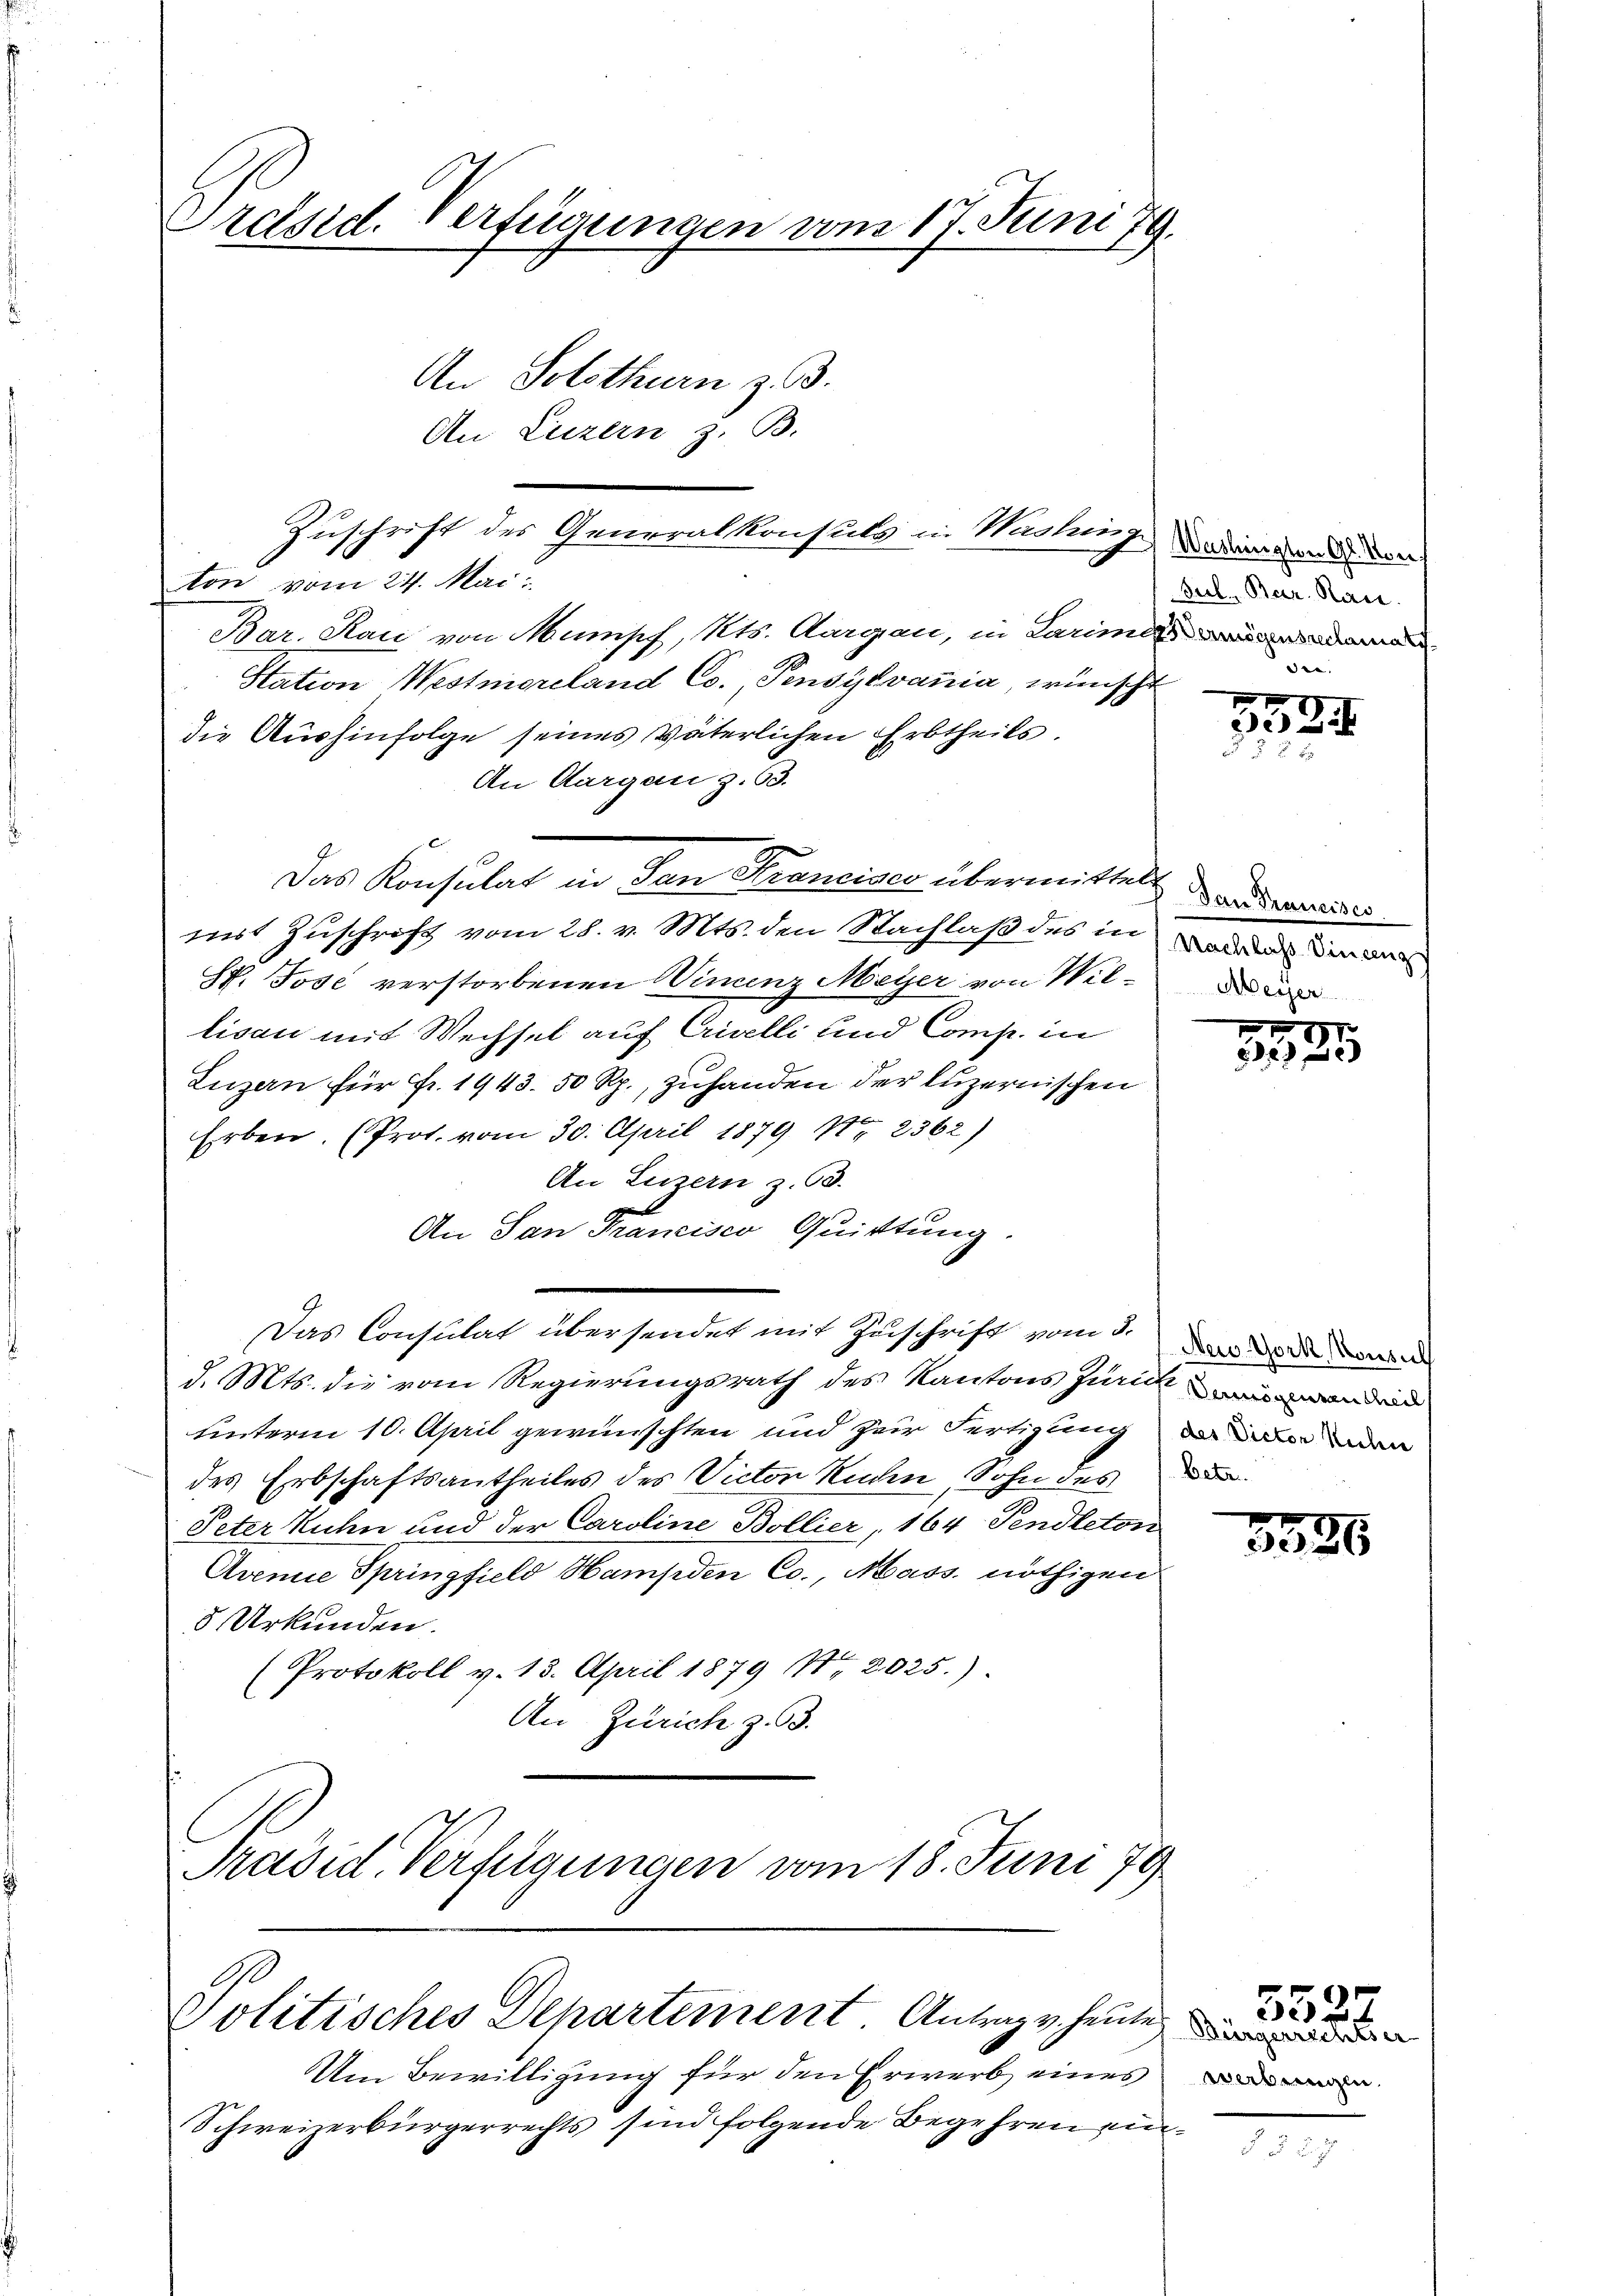
Präsid. Verfügungen vom 17. Juni 79.
An Solothurn z. B.
An Luzern z. B.

ton vom 24. Mai
Bar. Rau von Mumpf, Kts. Aargau, in Larima
Station Westmoreland Co. Pensylvania, wünscht
die Aushinfolge seines väterlichen Erbtheils.
An Aargau z. 63.
Das Konsulat in den Stranciser übermittelt der anderende
mit Zuschrift vom 28. v. Mts. den Nachlaß des in worden den a
St. Jose verstorbenen Wincenz Meyer von Willisau mit Wechsel auf Crivelli und Comp. in
Luzern für Fr. 1943. 50 Rp., zuhanden der luzernischen
Erben (Prot. vom 30. April 1879 No 2362)
An Einern z. 63.
An San Francisco Quittung.
Das Consulat übersendet mit Zuschrift vom 5. der ande d
d. Mts. die vom Regierungsrath des Kantons Zürich anden
unterm 10. April gewünschten und zur Fertigung an der
des Erbschaftsantheiles des Victor Ruchen Sohn des
Peter Kuhn und der Caroline Bollier, 164 Pendleton
Avenie Springfield Hampden Co., Mass, nöthigen
8 Urkunden.
(Protokoll v. 13. April 1879 No 2025.)
An Zürich z. 63.
Präsid. Verfügungen vom 18. Juni 79

Zuschrift des Generalkonsuls u. Washing

Politisches Departement Antrage heute

Um Bewilligung für den Erwerb eines
Schweizerbürgerrechts sind folgende Begehren ein¬

) Unslingten Gl. Von
Jul, Bar. Ran
die.

3584

5525

5526

verbringen

5527

7